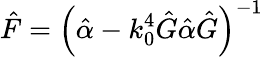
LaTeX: \hat{F}=\left(\hat{\alpha}-k_{0}^{4}\hat{G}\hat{\alpha}\hat{G}\right)^{-1}